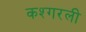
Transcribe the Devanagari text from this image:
कश्गरली